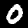
Label: 0